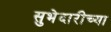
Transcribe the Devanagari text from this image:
सुभेदारीच्या